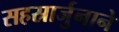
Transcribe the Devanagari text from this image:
सहस्रार्जुनाने